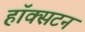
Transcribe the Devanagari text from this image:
हॉक्सटन